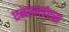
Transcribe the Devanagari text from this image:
एसएनईएस